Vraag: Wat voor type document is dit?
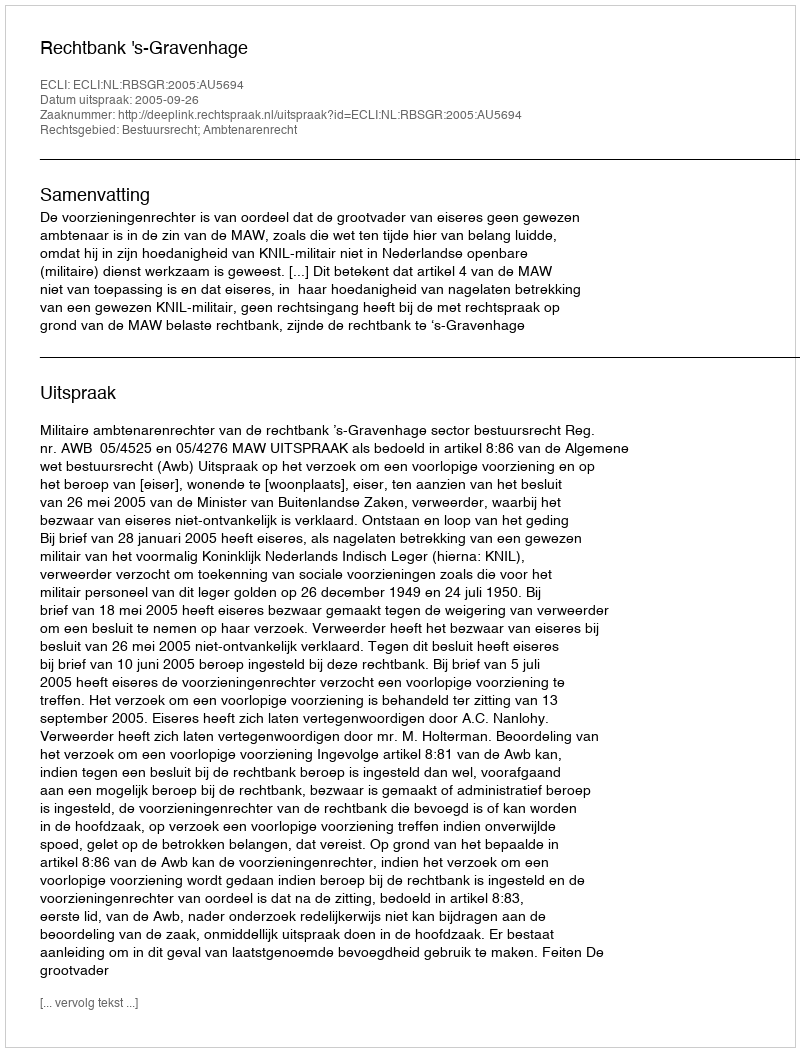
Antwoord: Uitspraak